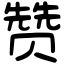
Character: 赞